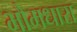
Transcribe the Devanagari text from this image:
भौमधारा